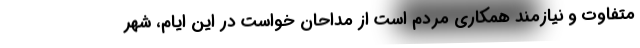
متفاوت و نیازمند همکاری مردم است از مداحان خواست در این ایام، شهر